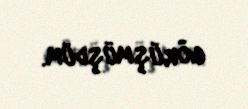
görüşmüşdüm.